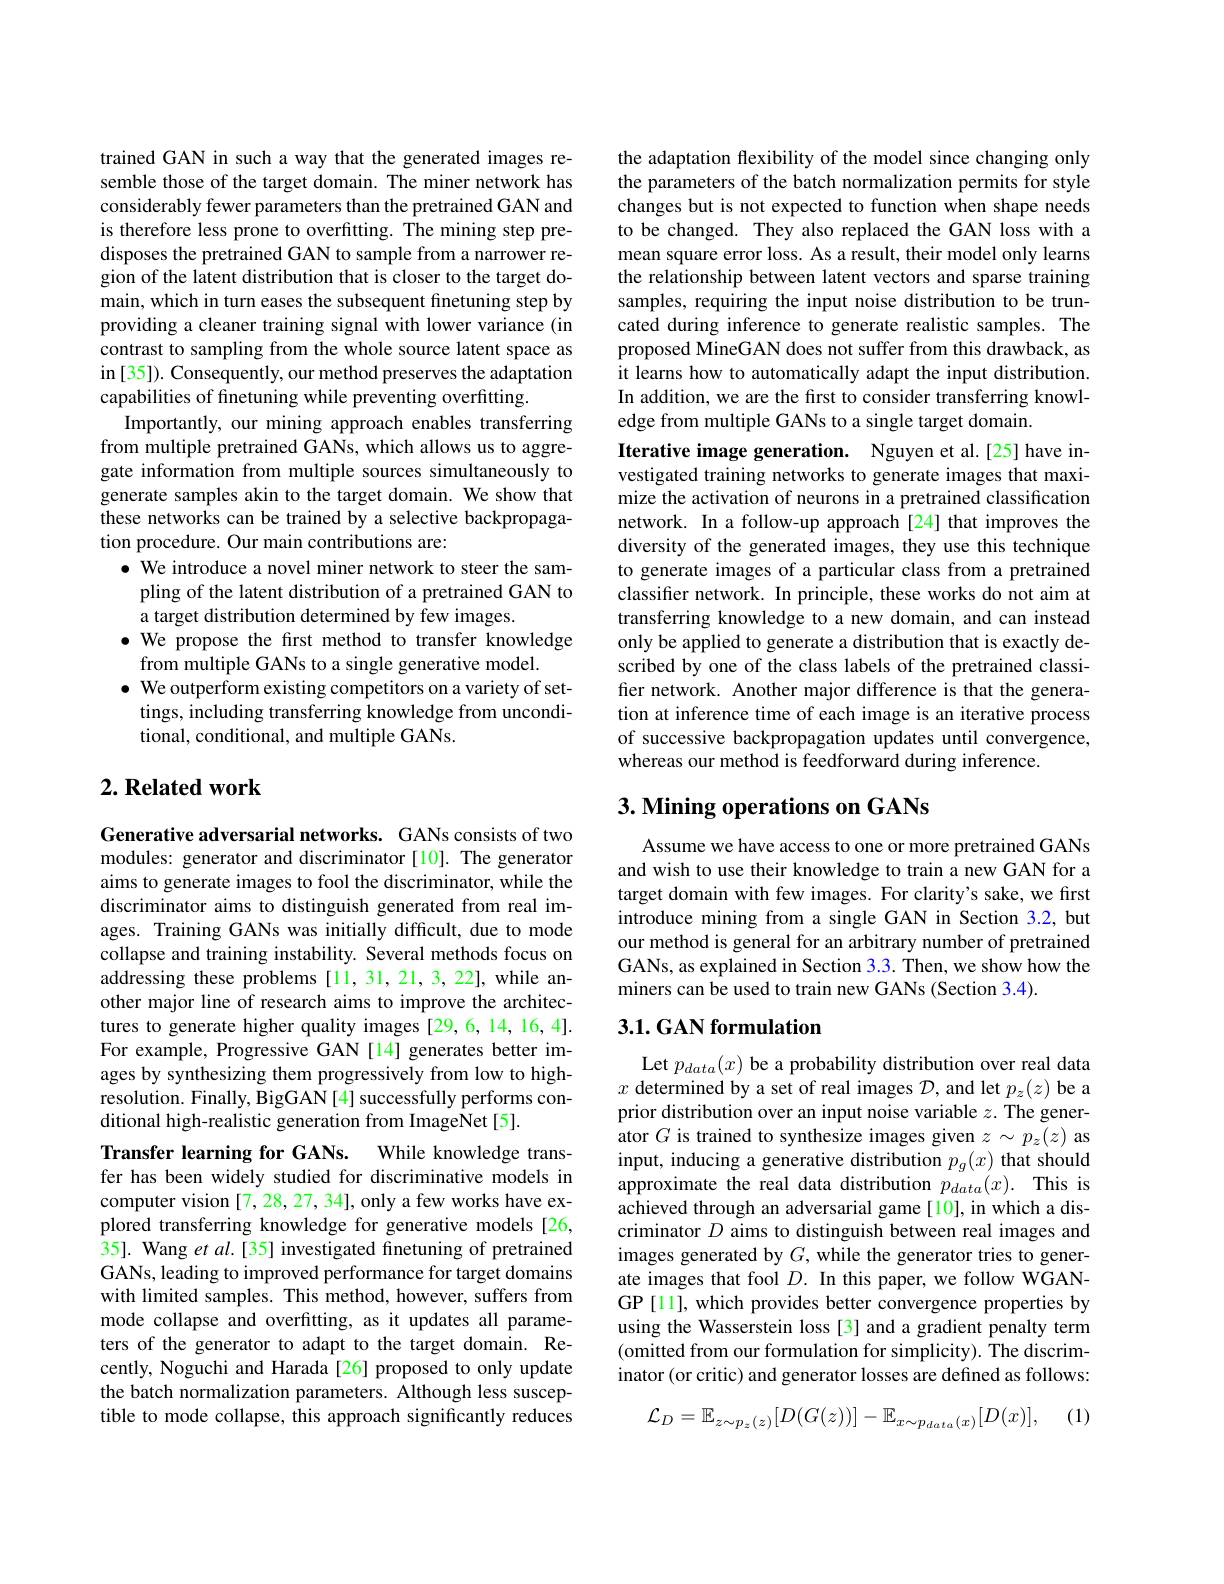
trained GAN in such a way that the generated images resemble those of the target domain. The miner network has considerably fewer parameters than the pretrained GAN and is therefore less prone to overfitting. The mining step predisposes the pretrained GAN to sample from a narrower region of the latent distribution that is closer to the target domain, which in turn eases the subsequent finetuning step by providing a cleaner training signal with lower variance (in contrast to sampling from the whole source latent space as in [35]). Consequently, our method preserves the adaptation capabilities of finetuning while preventing overfitting.
Importantly, our mining approach enables transferring from multiple pretrained GANs, which allows us to aggregate information from multiple sources simultaneously to generate samples akin to the target domain. We show that these networks can be trained by a selective backpropagation procedure. Our main contributions are:
$\bullet$ We introduce a novel miner network to steer the sam-
pling of the latent distribution of a pretrained GAN to
a target distribution determined by few images.
$\bullet$ We propose the first method to transfer knowledge
from multiple GANs to a single generative model.
$\bullet$ We outperform existing competitors on a variety of set-
tings, including transferring knowledge from uncondi-
tional, conditional, and multiple GANs.

### $2. \textbf{Related work}$

Generative adversarial networks. GANs consists of two modules: generator and discriminator [10]. The generator aims to generate images to fool the discriminator, while the discriminator aims to distinguish generated from real images. Training GANs was initially difficult, due to mode collapse and training instability. Several methods focus on addressing these problems [11, 31, 21, 3, 22], while another major line of research aims to improve the architectures to generate higher quality images [29,6,14,16,4]. For example, Progressive GAN[14] generates better images by synthesizing them progressively from low to highresolution. Finally, BigGAN[4] successfully performs conditional high-realistic generation from ImageNet[5].
Transfer learning for GANs. While knowledge transfer has been widely studied for discriminative models in computer vision [7,28,27,34], only a few works have explored transferring knowledge for generative models [26, 35]. Wang et $al.$ [35] investigated fnetuning of pretrained GANs, leading to improved performance for target domains with limited samples. This method, however, suffers from mode collapse and overfitting, as it updates all parameters of the generator to adapt to the target domain. Recently, Noguchi and Harada[26] proposed to only update the batch normalization parameters. Although less susceptible to mode collapse, this approach significantly reduces

the adaptation flexibility of the model since changing only the parameters of the batch normalization permits for style changes but is not expected to function when shape needs to be changed. They also replaced the GAN loss with a mean square error loss. As a result, their model only learns the relationship between latent vectors and sparse training samples, requiring the input noise distribution to be truncated during inference to generate realistic samples. The proposed MineGAN does not suffer from this drawback, as it learns how to automatically adapt the input distribution. In addition, we are the first to consider transferring knowledge from multiple GANs to a single target domain.

Iterative image generation. Nguyen et al.[25] have investigated training networks to generate images that maximize the activation of neurons in a pretrained classification network. In a follow-up approach[24] that improves the diversity of the generated images, they use this technique to generate images of a particular class from a pretrained classifier network. In principle, these works do not aim at transferring knowledge to a new domain, and can instead only be applied to generate a distribution that is exactly described by one of the class labels of the pretrained classifier network. Another major difference is that the generation at inference time of each image is an iterative process of successive backpropagation updates until convergence, whereas our method is feedforward during inference

## 3. Mining operations on GANs

Assume we have access to one or more pretrained GANs and wish to use their knowledge to train a new GAN for a target domain with few images. For clarity's sake, we first introduce mining from a single GAN in Section 3.2, but our method is general for an arbitrary number of pretrained GANs, as explained in Section 3.3. Then, we show how the miners can be used to train new GANs (Section 3.4).

### $3. 1. \textbf{GAN formulation}$

Let $p_{data}(x)$ be a probability distribution over real data $x$ determined by a set of real images $\mathcal D$, and let $p_z(z)$ be a prior distribution over an input noise variable $z.$ The generator $G$ is trained to synthesize images given $z\sim p_z(z)$ as input, inducing a generative distribution $p_g(x)$ that should approximate the real data distribution $p_{data}(x).$ This is achieved through an adversarial game[10], in which a discriminator $D$ aims to distinguish between real images and images generated by $G$, while the generator tries to generate images that fool $D.$ In this paper, we follow WGANGP [11], which provides better convergence properties by using the Wasserstein loss[3] and a gradient penalty term (omitted from our formulation for simplicity). The discriminator (or critic) and generator losses are defined as follows:

(1)
$$\mathcal{L}_D=\mathbb{E}_{z\sim p_z(z)}[D(G(z))]-\mathbb{E}_{x\sim p_{data}(x)}[D(x)],$$